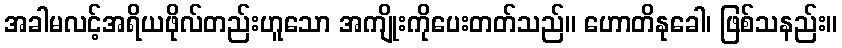
အခါမလင့်အရိယဖိုလ်တည်းဟူသော အကျိုးကိုပေးတတ်သည်။ ဟောတိနုခေါ၊ ဖြစ်သနည်း။